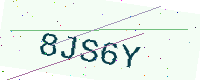
Text: 8JS6Y